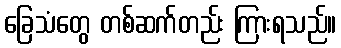
ခြေသံတွေ တစ်ဆက်တည်း ကြားရသည်။